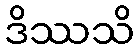
ဒိဿသိ